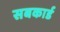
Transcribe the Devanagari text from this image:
सबकार्ड